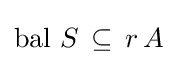
\operatorname {bal} \,S\,\subseteq \,r\,A